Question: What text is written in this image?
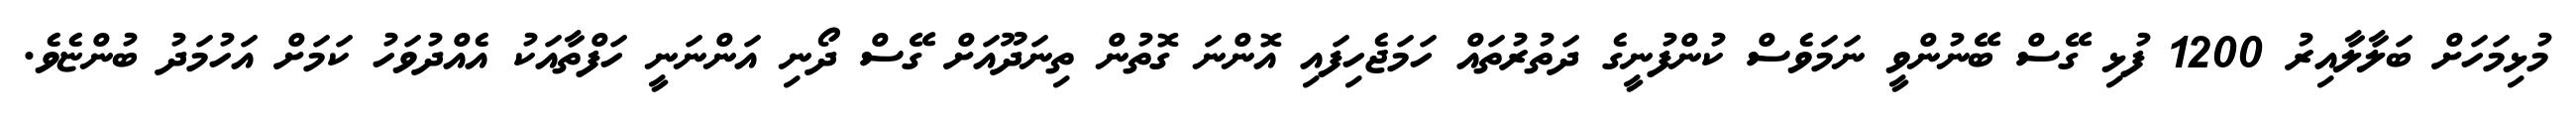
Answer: މުޅިމަހަށް ބަލާލާއިރު 1200 ފުޅި ގޭސް ބޭނުންވީ ނަމަވެސް ކުންފުނީގެ ދަތުރުތައް ހަމަޖެހިފައި އޮންނަ ގޮތުން ތިނަދޫއަށް ގޭސް ދޯނި އަންނަނީ ހަފްތާއަކު އެއްދުވަހު ކަމަށް އަހުމަދު ބުންޏެވެ.